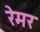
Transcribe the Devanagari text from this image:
रेमर